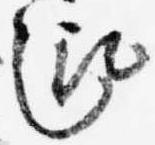
趣